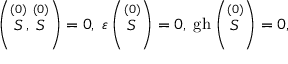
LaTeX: \left( \stackrel { ( 0 ) } { S } , \stackrel { ( 0 ) } { S } \right) = 0 , \; \varepsilon \left( \stackrel { ( 0 ) } { S } \right) = 0 , \; \mathrm { g h } \left( \stackrel { ( 0 ) } { S } \right) = 0 ,